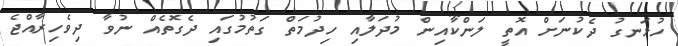
ހުޅަނގު ދެކުނަށް އޮތީ ލަންކާއިން މުދަލާއި ހިދުމަތް ގަތުމުގައި ދެގޮތެއް ނުވާ ދިވެހިރާއްޖެ